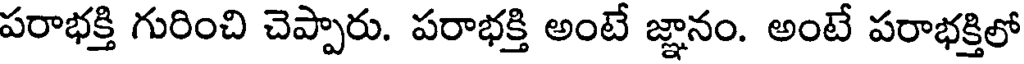
పరాభక్తి గురించి చెప్పారు. పరాభక్తి అంటే జ్ఞానం. అంటే పరాభక్తిలో